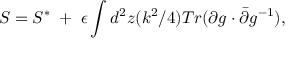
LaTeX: S = S ^ { * } \; + \; \epsilon \int d ^ { 2 } z ( k ^ { 2 } / 4 ) T r ( \partial g \cdot \bar { \partial } g ^ { - 1 } ) ,